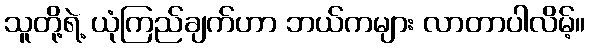
သူတို့ရဲ့ ယုံကြည်ချက်ဟာ ဘယ်ကများ လာတာပါလိမ့်။